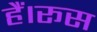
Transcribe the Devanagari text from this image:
हैं।रूस